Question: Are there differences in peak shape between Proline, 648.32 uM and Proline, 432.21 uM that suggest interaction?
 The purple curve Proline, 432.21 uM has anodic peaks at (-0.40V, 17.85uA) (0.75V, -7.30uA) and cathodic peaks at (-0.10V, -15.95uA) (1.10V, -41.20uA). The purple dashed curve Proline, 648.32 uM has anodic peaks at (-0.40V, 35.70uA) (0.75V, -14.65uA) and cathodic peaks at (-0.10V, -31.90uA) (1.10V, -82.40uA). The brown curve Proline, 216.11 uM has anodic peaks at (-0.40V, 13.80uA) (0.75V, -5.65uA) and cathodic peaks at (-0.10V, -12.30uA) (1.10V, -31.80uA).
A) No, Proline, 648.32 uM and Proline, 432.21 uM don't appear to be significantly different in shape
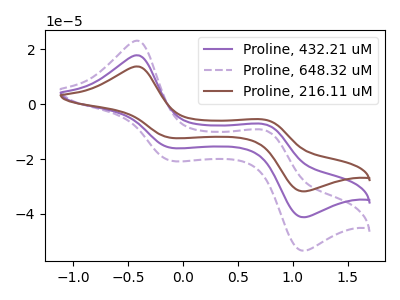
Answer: <think>All the peaks in "Proline, 648.32 uM" have a peak in "Proline, 432.21 uM" at the same potential.
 </think>
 <answer>A) No, "Proline, 648.32 uM" and "Proline, 432.21 uM" don't appear to be significantly different in shape</answer>
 <eval>A</eval>